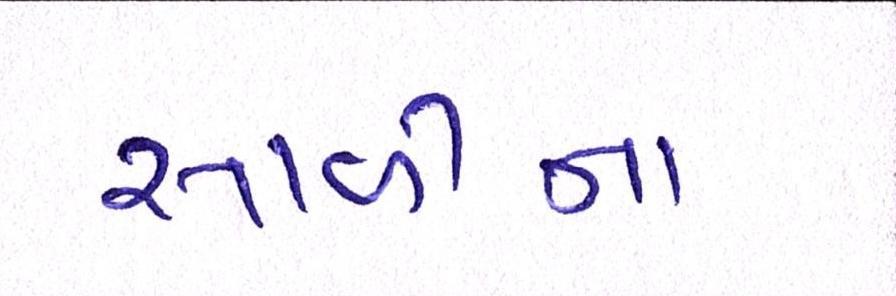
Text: સાળીના